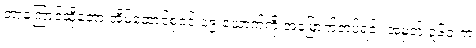
ဘာကြောင့်ဆိုတော့ အိမ်ထောင်စုဝင် ၁၉ ယောက်ကို အမြောက်တပ်ရင်း အမှတ် ၃၆၀ က